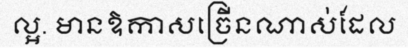
ល្អ. មានឱកាសច្រើនណាស់ដែល